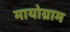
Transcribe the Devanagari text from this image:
मायोग्राम